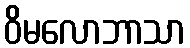
ဝိမလောဘာသာ